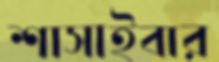
শাসাইবার